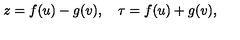
z = f ( u ) - g ( v ) , \quad \tau = f ( u ) + g ( v ) ,